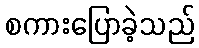
စကားပြောခဲ့သည်